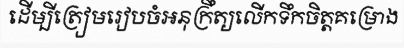
ដើម្បីត្រៀមរៀបចំអនុក្រឹត្យលើកទឹកចិត្តគម្រោង